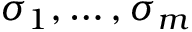
\sigma _ { 1 } , \ldots , \sigma _ { m }